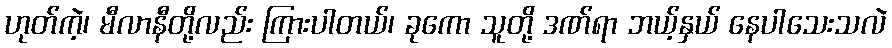
ဟုတ်ကဲ့၊ မီလာနီတို့လည်း ကြားပါတယ်၊ ခုကော သူတို့ ဒဏ်ရာ ဘယ့်နှယ် နေပါသေးသလဲ